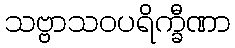
သဗ္ဗာသဝပရိက္ခီဏာ